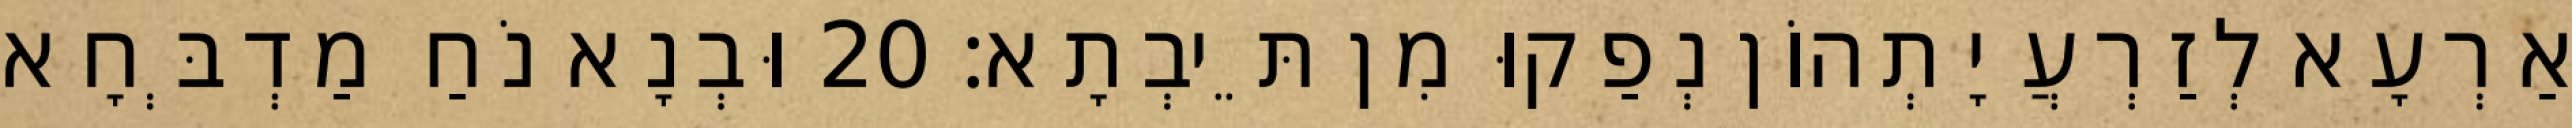
אַרְעָא לְזַרְעֲיָתְהוֹן נְפַקוּ מִן תֵּיבְתָא׃ 20 וּבְנָא נֹחַ מַדְבְּחָא